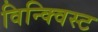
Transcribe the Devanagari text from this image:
विन्क्विस्ट